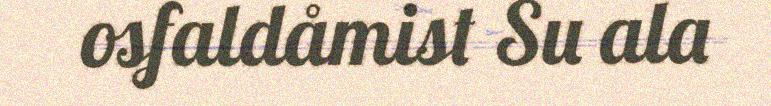
osfaldåmist Su ala